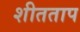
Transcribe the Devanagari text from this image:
शीतताप